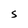
Character: 5